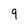
Character: 9